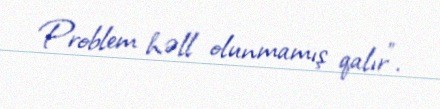
Problem həll olunmamış qalır".